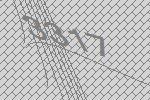
3317